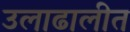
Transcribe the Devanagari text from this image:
उलाढालीत